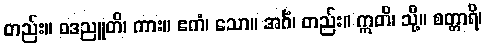
တည်း။ ဝဒညူတိ၊ ကား။ ဧကံ၊ သော။ အင်္ဂံ၊ တည်း။ ဣတိ၊ သို့။ စတ္တာရိ၊